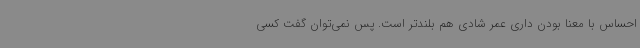
احساس با معنا بودن‌ داری عمر شادی هم بلندتر است. پس نمی‌توان گفت کسی